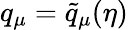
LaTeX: q_{\mu}=\tilde{q}_{\mu}(\eta)